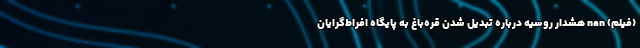
(فیلم) nan هشدار روسیه درباره تبدیل شدن قره‌باغ به پایگاه افراط‌گرایان